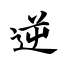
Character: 逆